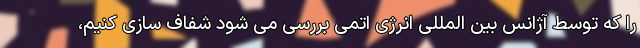
را که توسط آژانس بین المللی انرژی اتمی بررسی می شود شفاف سازی کنیم،